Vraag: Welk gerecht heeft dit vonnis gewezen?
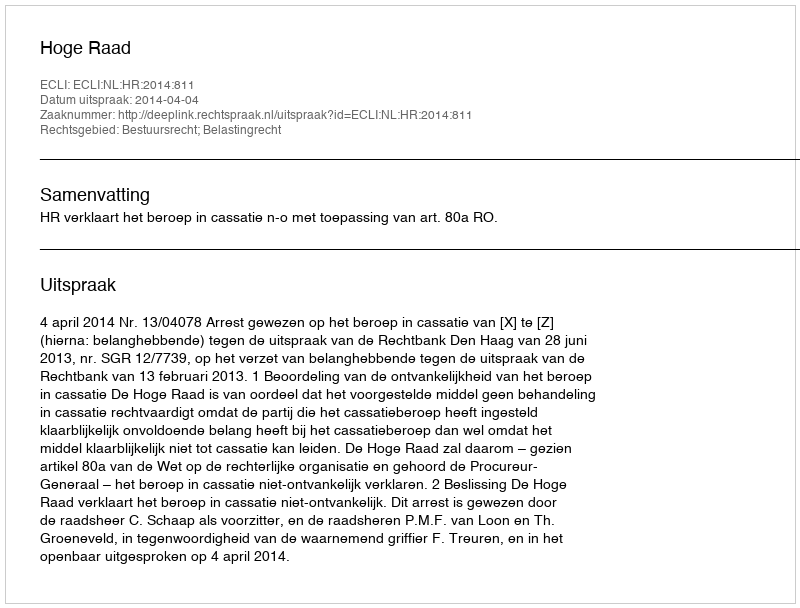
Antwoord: Hoge Raad